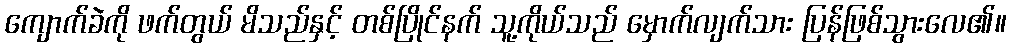
ကျောက်ခဲကို ဖက်တွယ် မိသည်နှင့် တစ်ပြိုင်နက် သူ့ကိုယ်သည် မှောက်လျက်သား ပြန်ဖြစ်သွားလေ၏။